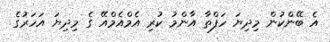
އެ ބޭންކުން މިދިޔަ ހަފްތާ އާންމު ކުރި އެމްއެމްއޭ ގެ މިދިޔަ އަހަރުގެ